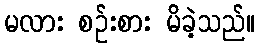
မလား စဉ်းစား မိခဲ့သည်။